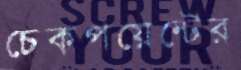
চেকপয়েন্টের